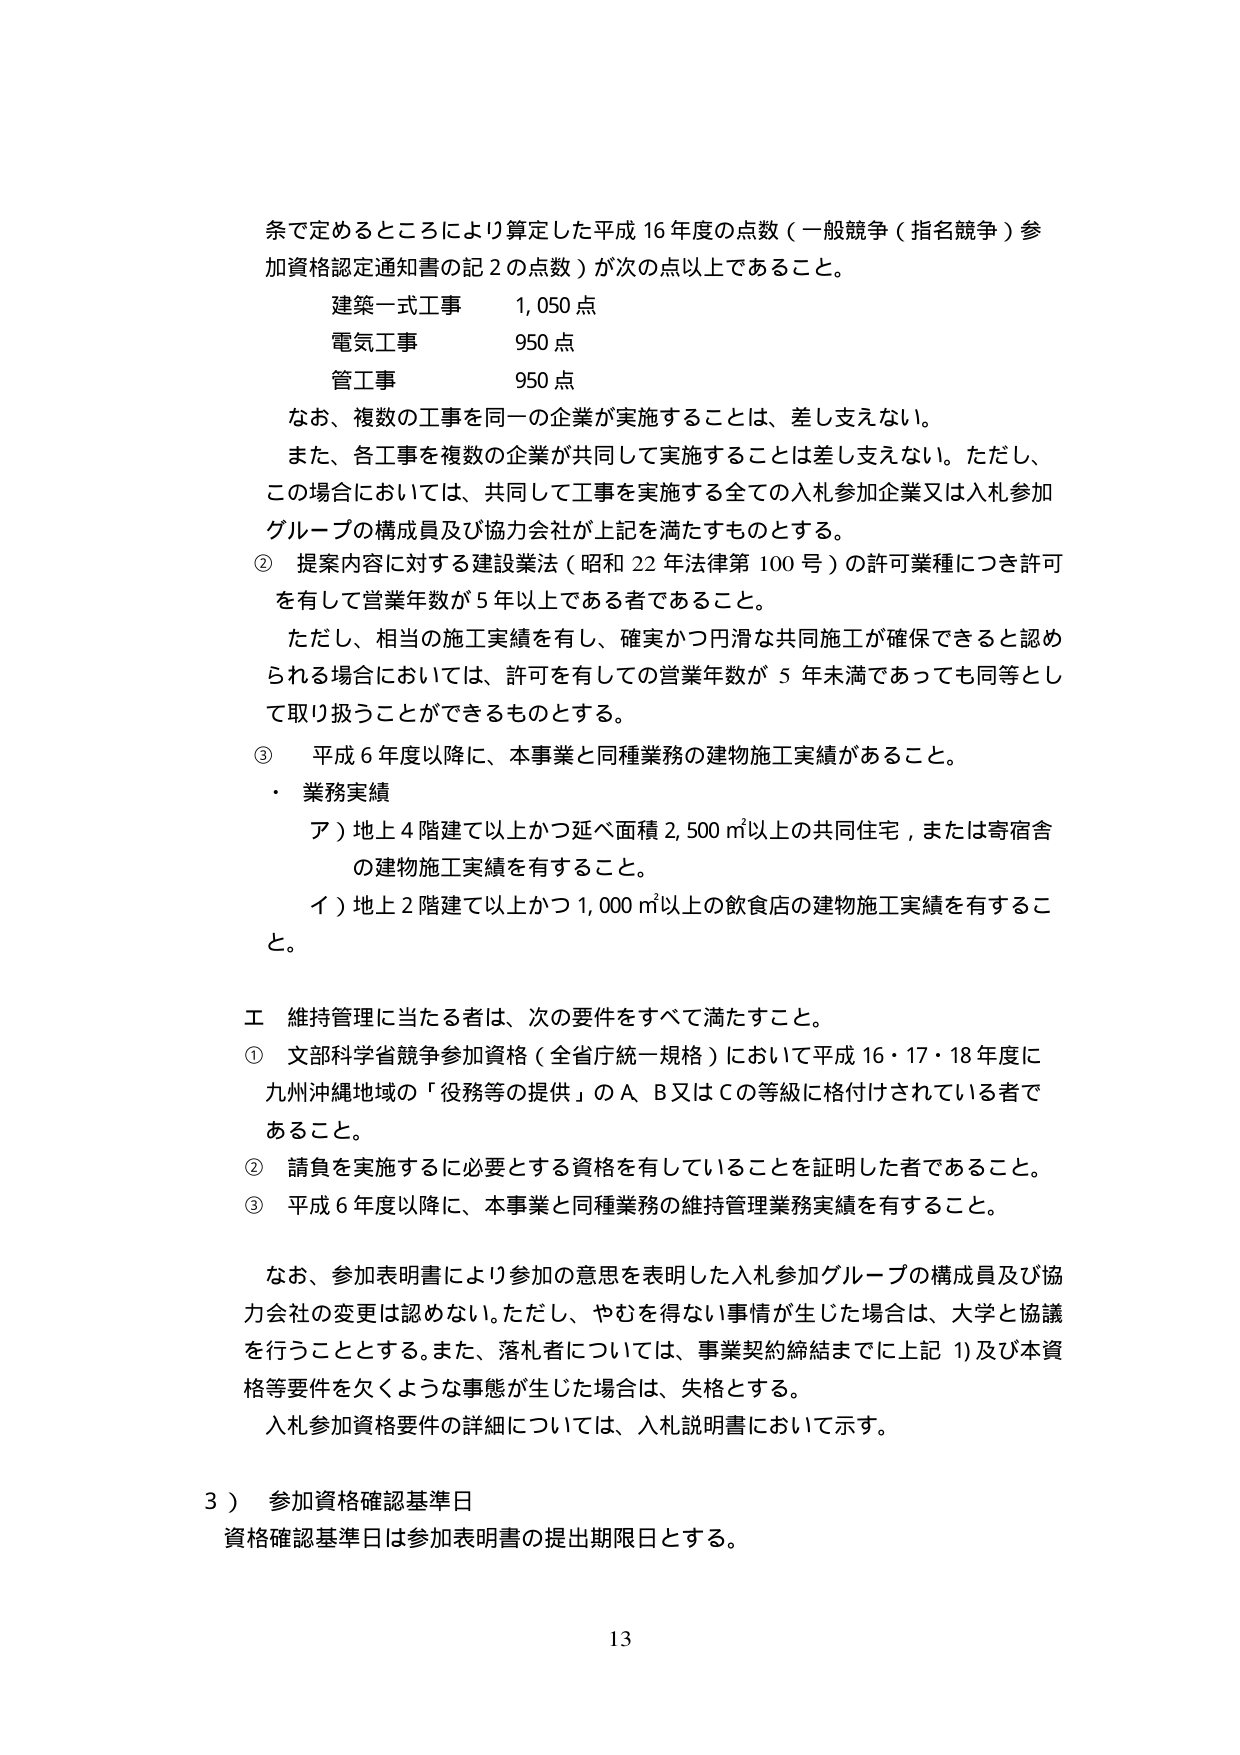
条で定めるところにより算定した平成16年度の点数（一般競争（指名競争）参加資格認定通知書の記2の点数）が次の点以上であること。

建築一式工事　1,050点
電気工事　950点
管工事　950点

なお、複数の工事を同一の企業が実施することは、差し支えない。
また、各工事を複数の企業が共同して実施することは差し支えない。ただし、この場合においては、共同して工事を実施する全ての入札参加企業又は入札参加グループの構成員及び協力会社が上記を満たすものとする。

② 提案内容に対する建設業法（昭和22年法律第100号）の許可業種につき許可を有して営業年数が5年以上である者であること。
ただし、相当の施工実績を有し、確実かつ円滑な共同施工が確保できると認められる場合においては、許可を有しての営業年数が5年未満であっても同等として取り扱うことができるものとする。

③ 平成6年度以降に、本事業と同種業務の建物施工実績があること。
・ 業務実績
　ア）地上4階建て以上かつ延べ面積2,500㎡以上の共同住宅、または寄宿舎の建物施工実績を有すること。
　イ）地上2階建て以上かつ1,000㎡以上の飲食店の建物施工実績を有すること。

工 維持管理に当たる者は、次の要件をすべて満たすこと。
① 文部科学省競争参加資格（全省庁統一規格）において平成16・17・18年度に九州沖縄地域の「役務等の提供」のA、B又はCの等級に格付けされている者であること。
② 請負を実施するに必要とする資格を有していることを証明した者であること。
③ 平成6年度以降に、本事業と同種業務の維持管理業務実績を有すること。

なお、参加表明書により参加の意思を表明した入札参加グループの構成員及び協力会社の変更は認めない。ただし、やむを得ない事情が生じた場合は、大学と協議を行うこととする。また、落札者については、事業契約締結までに上記①及び本資格等要件を欠くような事態が生じた場合は、失格とする。
入札参加資格要件の詳細については、入札説明書において示す。

3） 参加資格確認基準日
資格確認基準日は参加表明書の提出期限日とする。

13